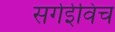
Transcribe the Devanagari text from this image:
सर्गेईविच